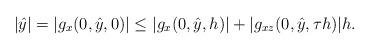
LaTeX: \begin{align*} |\hat{y}| = |g_x(0,\hat{y},0)| \leq |g_x(0,\hat{y},h)| + |g_{xz}(0,\hat{y},\tau h)|h. \end{align*}